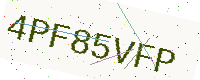
Text: 4PF85VFP